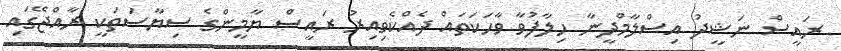
ރައީސް ނަޝީދު އިސްލާމްދީނާ ހިލާފުވާ ވާހަކަތައް ދެއްކެވިއިރު ރައީސް ޔާމީންގެ ސިޔާސަތަކީ ރާއްޖޭގައި